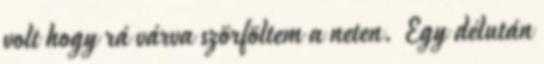
volt hogy rá várva szörföltem a neten. Egy délután